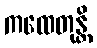
ကထေတုန္တိ